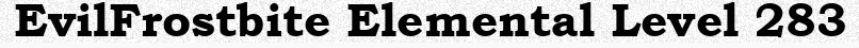
EvilFrostbite Elemental Level 283